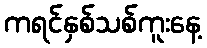
ကရင်နှစ်သစ်ကူးနေ့